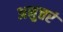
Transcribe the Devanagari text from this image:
अनुत्तरं